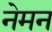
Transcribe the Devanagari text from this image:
नेमन